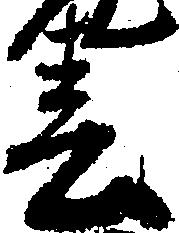
春